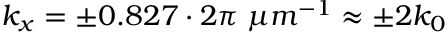
k _ { x } = \pm 0 . 8 2 7 \cdot 2 \pi \; \mu m ^ { - 1 } \approx \pm 2 k _ { 0 }